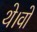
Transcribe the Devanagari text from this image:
थे।वो